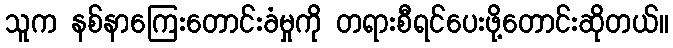
သူက နစ်နာကြေးတောင်းခံမှုကို တရားစီရင်ပေးဖို့တောင်းဆိုတယ်။